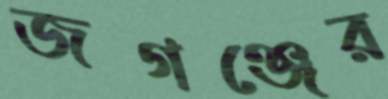
জগঞ্জের